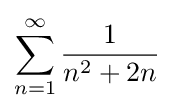
\sum _{n=1}^{\infty }{\frac {1}{n^{2}+2n}}